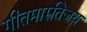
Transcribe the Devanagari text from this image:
गीतमारुतिजय